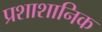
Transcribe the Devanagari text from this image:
प्रशाशानिक